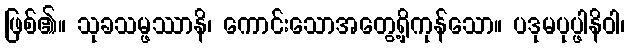
ဖြစ်၏။ သုခသမ္ဖဿာနိ၊ ကောင်းသောအတွေ့ရှိကုန်သော။ ပဒုမပုပ္ဖါနိဝါ၊